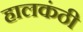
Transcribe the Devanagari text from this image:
हालकंठी